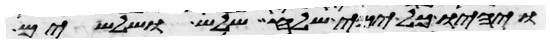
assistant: ויהיו כל ימי שלח שלש ושלשים